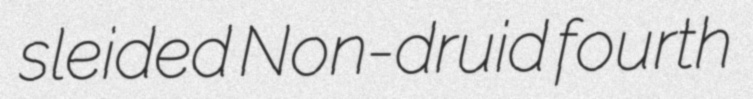
sleided Non-druid fourth